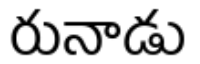
రునాడు